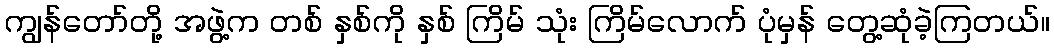
ကျွန်တော်တို့ အဖွဲ့က တစ် နှစ်ကို နှစ် ကြိမ် သုံး ကြိမ်လောက် ပုံမှန် တွေ့ဆုံခဲ့ကြတယ်။